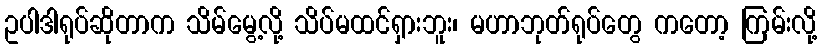
ဥပါဒါရုပ်ဆိုတာက သိမ်မွေ့လို့ သိပ်မထင်ရှားဘူး၊ မဟာဘုတ်ရုပ်တွေ ကတော့ ကြမ်းလို့